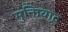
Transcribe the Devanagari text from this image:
मुक्तिवाद